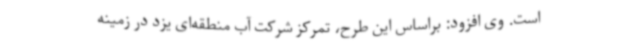
است. وی افزود: براساس این طرح، تمرکز شرکت آب منطقه‌ای یزد در زمینه